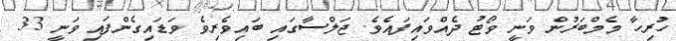
ހުރިހާ މެމްބަރުން ވަނީ ވޯޓު ދެއްވައިފައެވެ. ޖަލްސާގައި ބައިވެރިވެ ވަޑައިގެންފައި ވަނީ 33